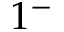
1 ^ { - }